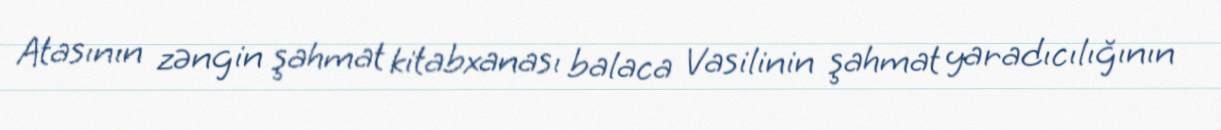
Atasının zəngin şahmat kitabxanası balaca Vasilinin şahmat yaradıcılığının